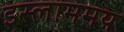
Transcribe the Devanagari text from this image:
इस्लाममय